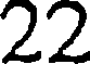
22